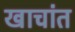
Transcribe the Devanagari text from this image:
खाचांत